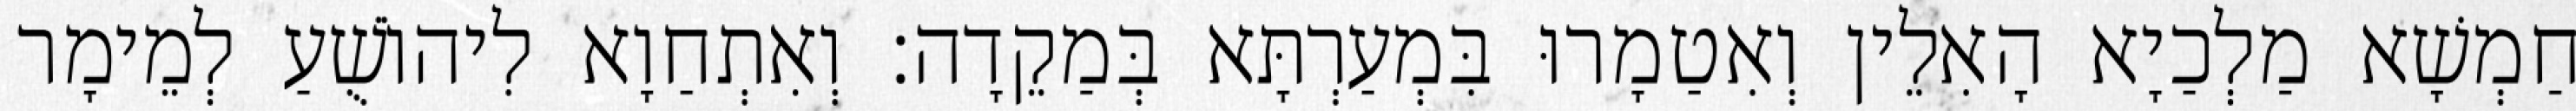
חַמְשָׁא מַלְכַיָא הָאִלֵין וְאִטַמָרוּ בִּמְעַרְתָּא בְּמַקֵדָה׃ וְאִתְחַוָא לִיהוֹשֻׁעַ לְמֵימָר